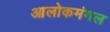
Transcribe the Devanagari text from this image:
आलोकमंगल